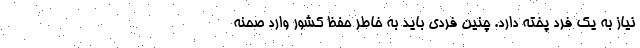
نیاز به یک فرد پخته دارد. چنین فردی باید به خاطر حفظ کشور وارد صحنه